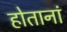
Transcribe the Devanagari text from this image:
होतानां